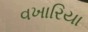
વખારિયા